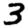
Digit: 3